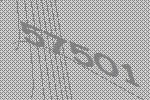
57501